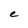
Character: e